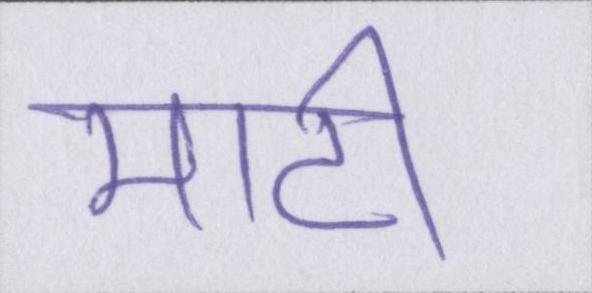
माटी